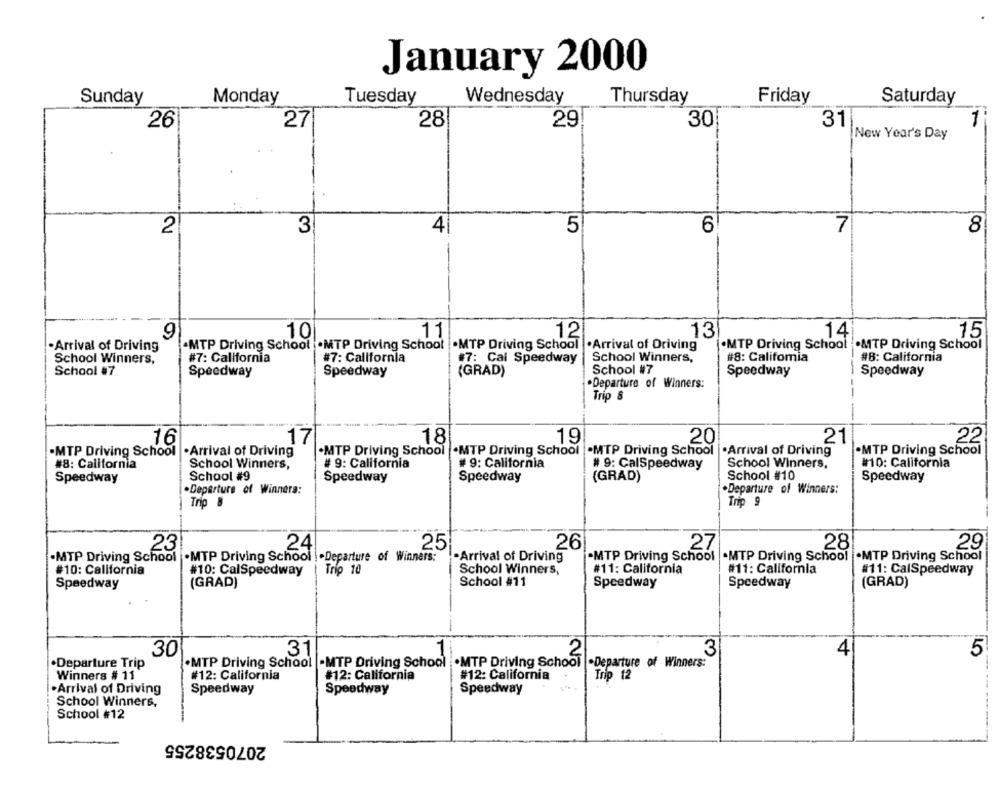
January 2000
Sunday
Monday
Tuesday
Wednesday
Thursday
Friday
Saturday
26
27
28
29
30
31
New Year's Day
3
4
5
6
7
8
2
13
14
9
10
11
12
15
Arrival of Driving
·MTP Driving School .MTP Driving School
.MTP Driving School .Arrival of Driving
.MTP Driving School .MTP Driving School
School Winners,
#7: California
#7: California
#7: Cal Speedway
School Winners,
#8: Califomia
#8: California
School #7
Speedway
Speedway
(GRAD)
School #7
Speedway
Speedway
.Departure of Winners:
Trip 8
16
17
18
19
20
21
22
.MTP Driving School .Arrival of Driving
.MTP Driving School
.MTP Driving School
.MTP Driving School
.Arrival of Driving
-MTP Driving School
#8: California
School Winners,
# 9: California
# 9: California
# 9: CalSpeedway
School Winners,
#10: California
School #9
School #10
Speedway
Speedway
Speedway
(GRAD)
Speedway
.Departure of Winners:
.Departure of Winners:
Trip 8
Trip 9
24
25
26
27
28
29
23
·MTP Driving School
.MTP Driving School |.Departure of Winners:
·Arrival of Driving
.MTP Driving School .MTP Driving School .MTP Driving School
#10: California
Trip 10
School Winners,
#11: California
#11: California
#11: CalSpeedway
#10: CalSpeedway
Speedway
(GRAD)
School #11
Speedway
Speedway
(GRAD)
31
30
2
3
4
5
·Departure Trip
.MTP Driving School -MTP Driving School
.MTP Driving School .Departure of Winners:
Winners # 11
#12: California
#12: California
#12: California
Trip 12
.Arrival of Driving
Speedway
Speedway
Speedway
School Winners,
School #12
2070538255